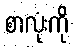
စာလုံးကို